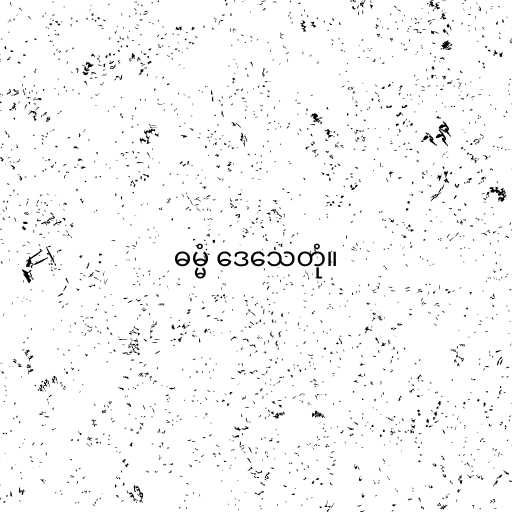
ဓမ္မံ ဒေသေတုံ။